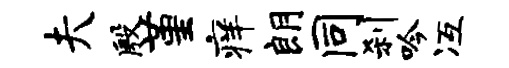
夫殷堇痒朗同刹吟冱